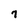
Character: 7